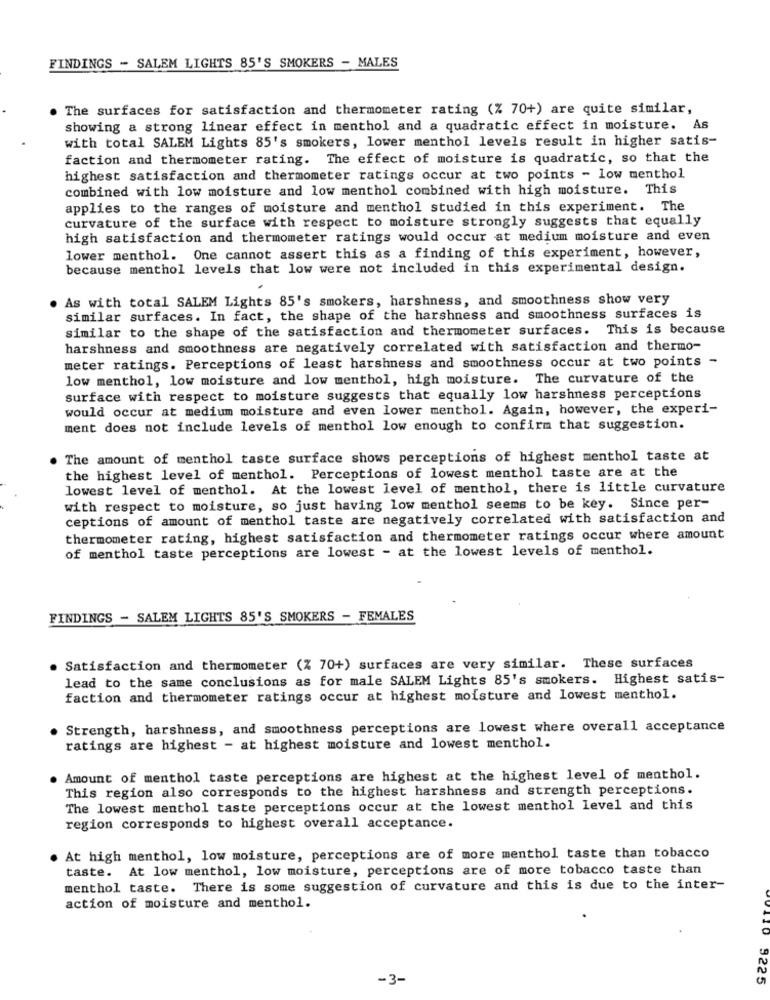
FINDINGS - SALEM LIGHTS 85'S SMOKERS - MALES
The surfaces for satisfaction and thermometer rating (% 70+) are quite similar,
showing a strong linear effect in menthol and a quadratic effect in moisture. As
with total SALEM Lights 85's smokers, lower menthol levels result in higher satis-
faction and thermometer rating. The effect of moisture is quadratic, so that the
highest satisfaction and thermometer ratings occur at two points - low menthol
combined with low moisture and low menthol combined with high moisture. This
applies to the ranges of moisture and menthol studied in this experiment. The
curvature of the surface with respect to moisture strongly suggests that equally
high satisfaction and thermometer ratings would occur at medium moisture and even
lower menthol. One cannot assert this as a finding of this experiment, however,
because menthol levels that low were not included in this experimental design.
As with total SALEM Lights 85's smokers, harshness, and smoothness show very
similar surfaces. In fact, the shape of the harshness and smoothness surfaces is
similar to the shape of the satisfaction and thermometer surfaces. This is because
harshness and smoothness are negatively correlated with satisfaction and thermo-
meter ratings. Perceptions of least harshness and smoothness occur at two points -
low menthol, low moisture and low menthol, high moisture. The curvature of the
surface with respect to moisture suggests that equally low harshness perceptions
would occur at medium moisture and even lower menthol. Again, however, the experi-
ment does not include levels of menthol low enough to confirm that suggestion.
The amount of menthol taste surface shows perceptions of highest menthol taste at
the highest level of menthol. Perceptions of lowest menthol taste are at the
lowest level of menthol. At the lowest level of menthol, there is little curvature
with respect to moisture, so just having low menthol seems to be key. Since per-
ceptions of amount of menthol taste are negatively correlated with satisfaction and
thermometer rating, highest satisfaction and thermometer ratings occur where amount
of menthol taste perceptions are lowest - at the lowest levels of menthol.
FINDINGS - SALEM LIGHTS 85'S SMOKERS - FEMALES
Satisfaction and thermometer (% 70+) surfaces are very similar. These surfaces
lead to the same conclusions as for male SALEM Lights 85's smokers. Highest satis-
faction and thermometer ratings occur at highest moisture and lowest menthol.
Strength, harshness, and smoothness perceptions are lowest where overall acceptance
ratings are highest - at highest moisture and lowest menthol.
Amount of menthol taste perceptions are highest at the highest level of menthol.
This region also corresponds to the highest harshness and strength perceptions.
The lowest menthol taste perceptions occur at the lowest menthol level and this
region corresponds to highest overall acceptance.
At high menthol, low moisture, perceptions are of more menthol taste than tobacco
taste. At low menthol, low moisture, perceptions are of more tobacco taste than
menthol taste. There is some suggestion of curvature and this is due to the inter-
action of moisture and menthol.
-3-
9225